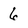
Character: 6